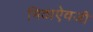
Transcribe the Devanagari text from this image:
मिठाऐवजी